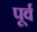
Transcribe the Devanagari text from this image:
पूर्व